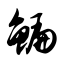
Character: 鳊